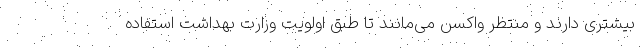
بیشتری دارند و منتظر واکسن می‌مانند تا طبق اولویت وزارت بهداشت استفاده